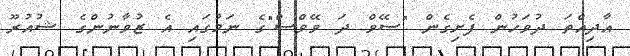
އާދިއްތަ ދުވަހުން ފެށިގެން "ސޭވް ދަ ވޭވްސް"ގެ ނަމުގައި އެ ޒުވާނުންގެ ޝުއުރޫ